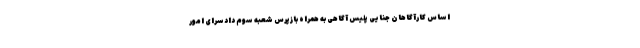
اساس کارآگاهان جنایی پلیس آگاهی به همراه بازپرس شعبه سوم دادسرای امور